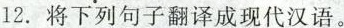
12.将下列句子翻译成现代汉语。